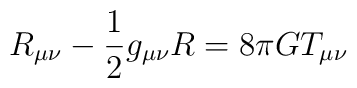
R_{\mu \nu }-\frac{1}{2}g_{\mu \nu}R=8\pi GT_{\mu \nu}